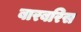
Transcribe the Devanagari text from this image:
बारबरिस